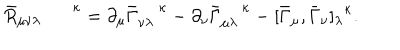
{ { \bar { R } } _ { \mu \nu \lambda } } ^ { \kappa } = \partial _ { \mu } { \bar { \Gamma } } _ { \nu \lambda } ^ { \; \kappa } - \partial _ { \nu } { \bar { \Gamma } } _ { \mu \lambda } ^ { \; \kappa } - [ \bar { \Gamma } _ { \mu } , \bar { \Gamma } _ { \nu } { ] _ { \lambda } } ^ { \kappa } .